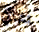
تشاكي